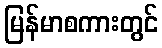
မြန်မာစကားတွင်